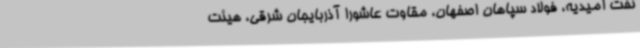
نفت امیدیه، فولاد سپاهان اصفهان، مقاوت عاشورا آذربایجان شرقی، هیئت